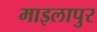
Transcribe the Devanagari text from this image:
माइलापुर